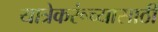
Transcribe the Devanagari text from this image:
यात्रेकरूंच्यासाठी